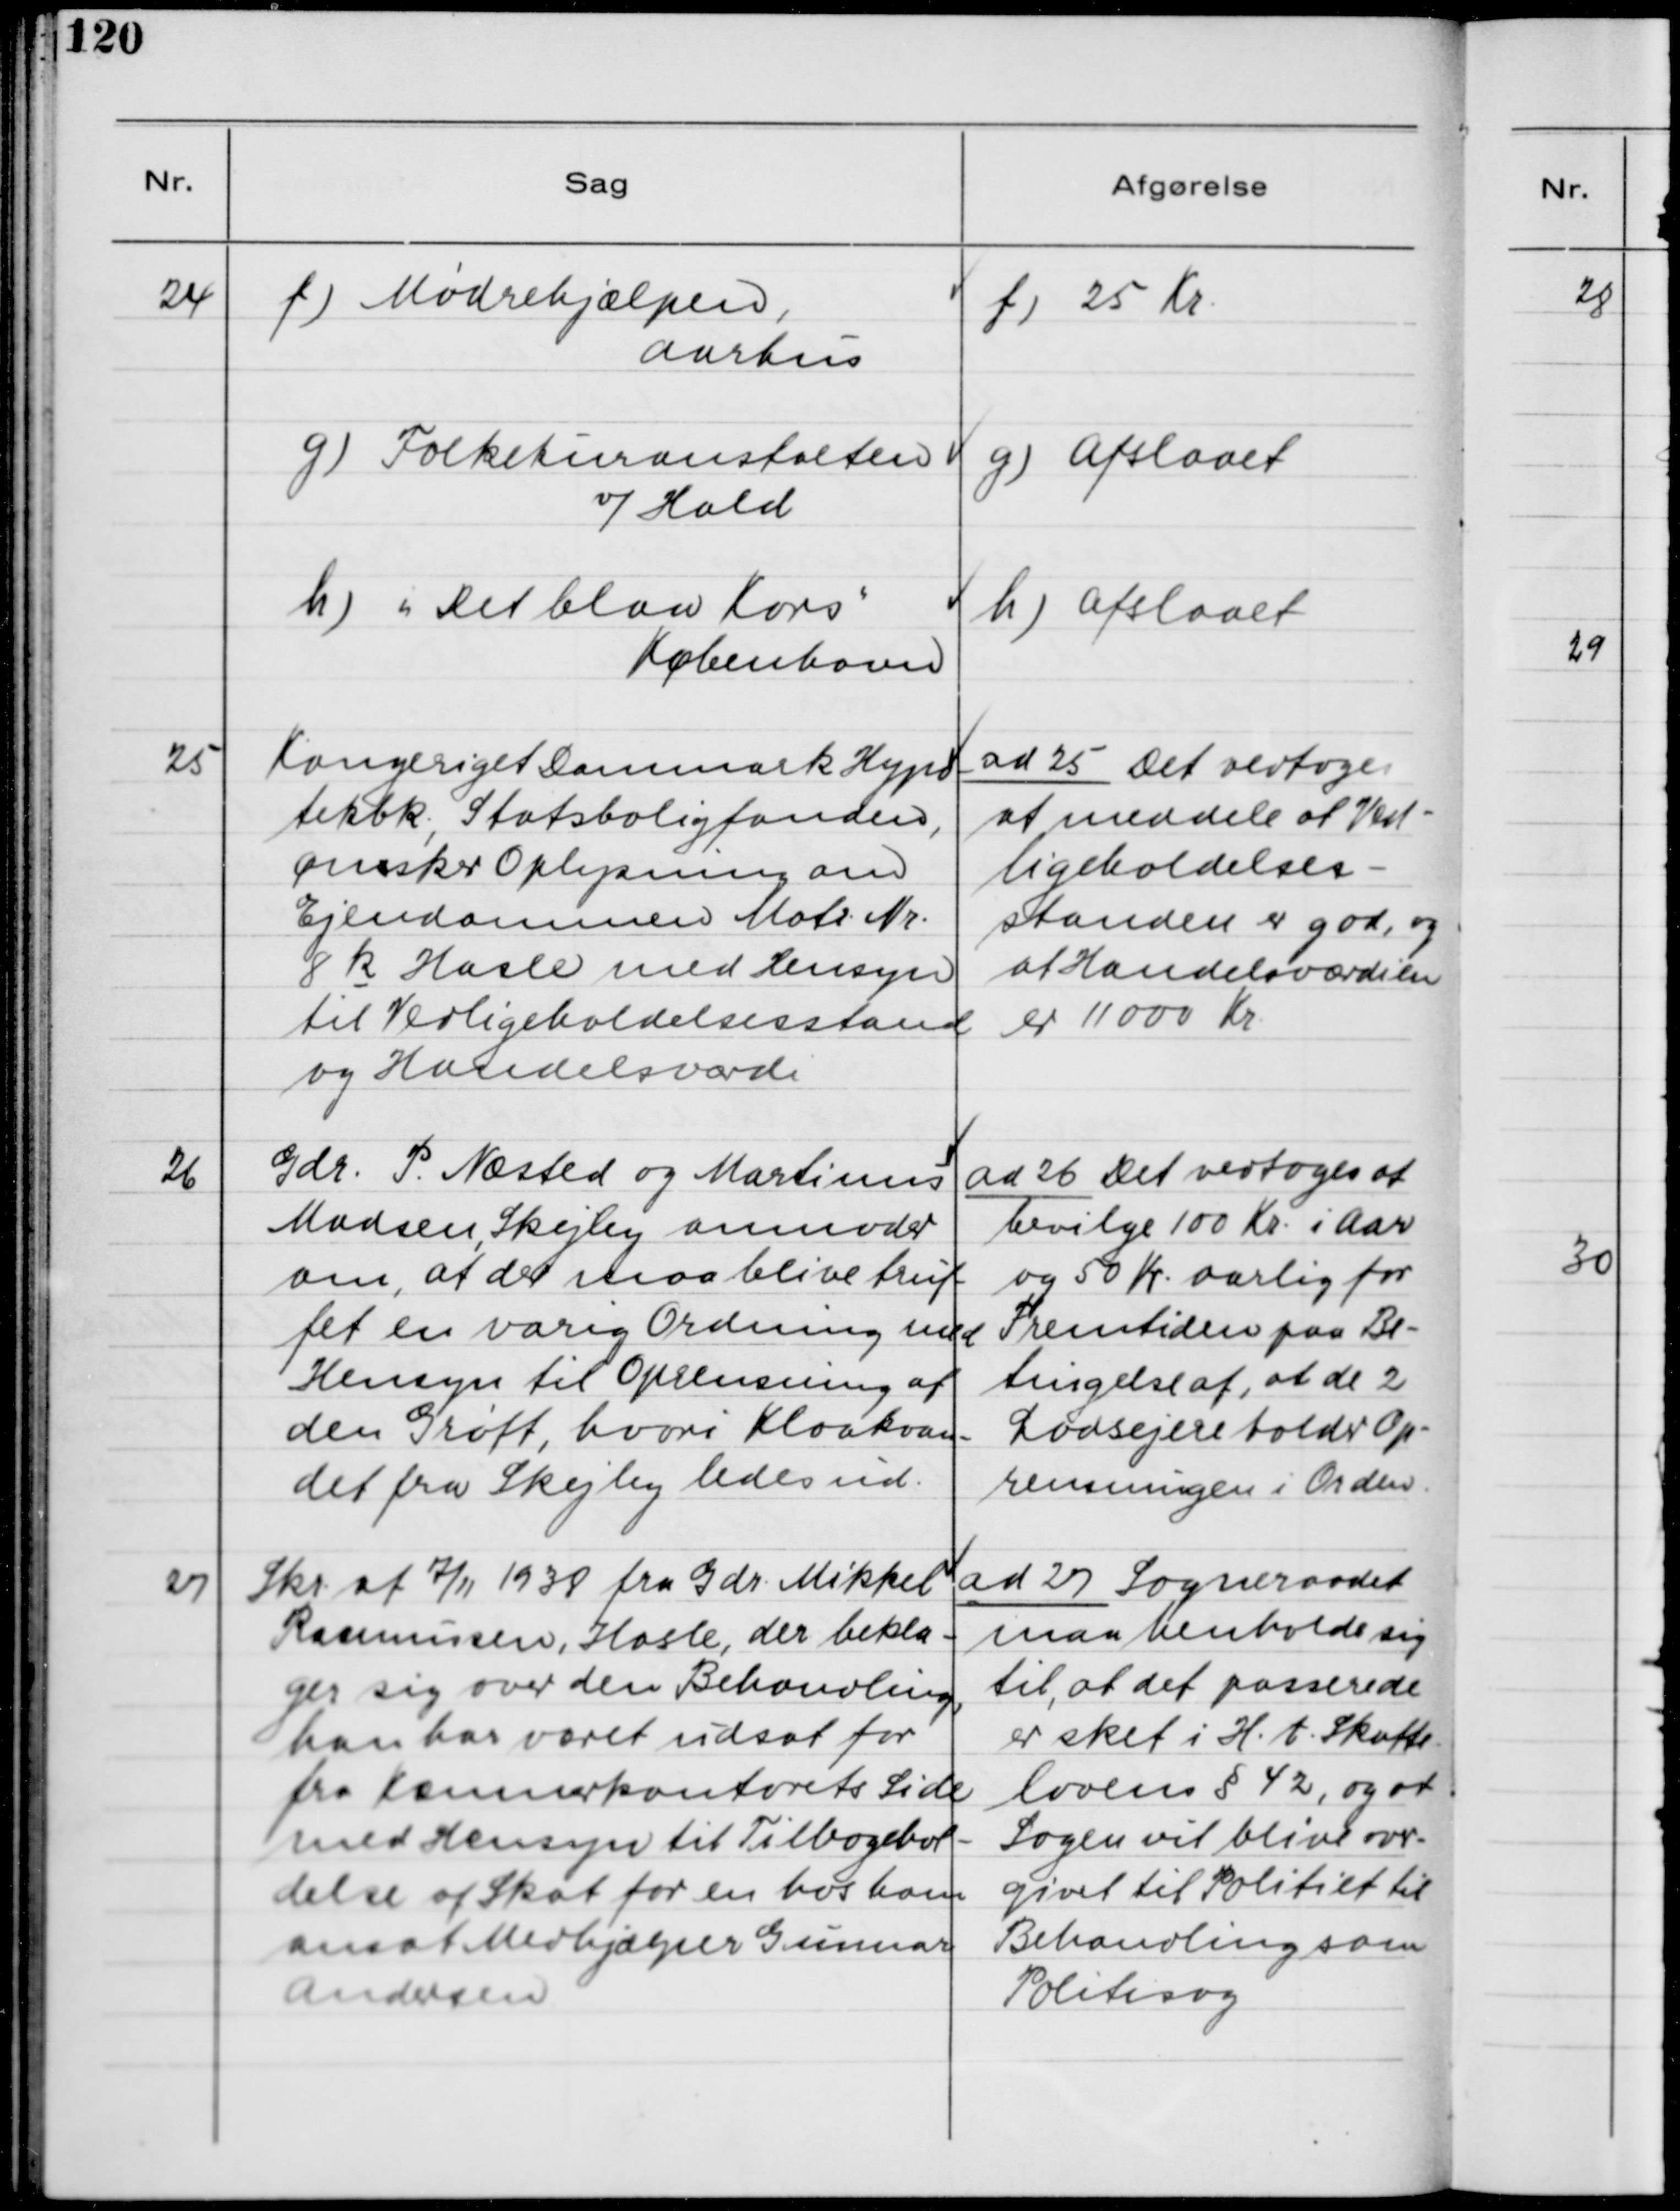
Transskription:
24. f) Mødrehjælpen,
Aarhus
g) Folkekuranstalten
v/Hald
h) "Det blaa Kors"
København

f) 25 Kr.
g) Afslaaet
h) Afslaaet

25. Kongeriget Danmark Hypo-
tekbk., Statsboligfonden,
ønske Oplysning om
Ejendommen Matr. Nr.
8 k Hasle med Hensyn
til Vedligeholdelsesstand
og Handelsværdi.

ad 25. Det vedtoges
at meddele at Ved-
ligeholdelses-
standen er god, og
at Handelsværdien
er 11000 Kr.

26. Gdr. P. Næsted og Martinus
Madsen, Skejby anmoder
om, at der maa blive truf-
fet en varig Ordning med
Hensyn til Oprensning af
den Grøft, hvori Kloakvan-
det fra Skejby ledes ud.

ad 26. Det vedtoges at
bevilge 100 Kr. i Aar
og 50 Kr. aarlig for
Fremtiden paa Be-
tingelse af, at de 2
Lodsejere holder Op-
rensningen i Orden.

27. Skr. af 7/11 1938 fra Gdr. Mikkel
Rasmussen, Hasle, der bekla-
ger sig over den Behandling,
han har været udsat for
fra Kæmnerkontorets Side
med Hensyn til Tilbagehol-
delse af Skat for en hos ham
ansat Medhjælper Gunnar
Andersen.

ad 27. Sogneraadet
maa henholde sig
til, at det passerede
er sket i H.t. Skatte-
lovens § 42, og at
Sagen vil blive over-
givet til Politiet til
Behandling som
Politisag.